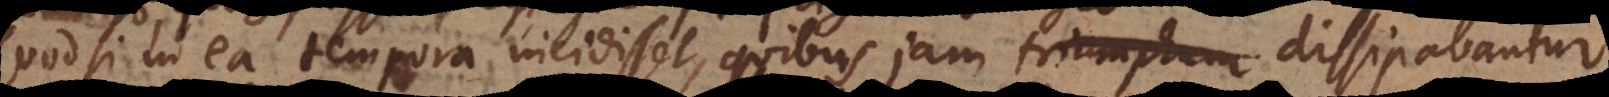
Quodsi in ea tempora incidisset, quibus jam triumphum